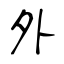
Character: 外